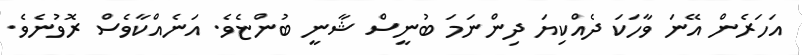
އަހަރެން އޭނަ ވާހަކަ ދެއްކިޔަ ދިންނަމަ ބުނީސް ޝާނީ ބުންޏެވެ. އަނެއްކާވެސް ރޮވުނެވެ.